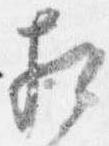
相